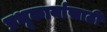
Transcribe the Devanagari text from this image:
प्रभूकार्यासाठी